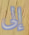
إلى